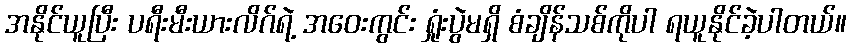
အနိုင်ယူပြီး ပရီးမီးယားလိဂ်ရဲ့ အဝေးကွင်း ရှုံးပွဲမရှိ စံချိန်သစ်ကိုပါ ရယူနိုင်ခဲ့ပါတယ်။